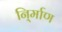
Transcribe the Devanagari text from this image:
नि्र्माण